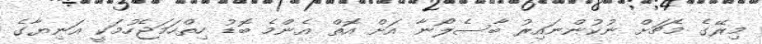
މިރޭގެ މެޗަށް ނުކުންނައިރު ބާސެލޯނާ އަށް އޮތް އެންމެ ބޮޑު ހިތްހަމަޖެހުމަކީ އަނިޔާގެ